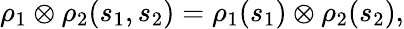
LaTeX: \rho_{1}\otimes\rho_{2}(s_{1},s_{2})=\rho_{1}(s_{1})\otimes\rho_{2}(s_{2}),